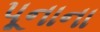
પૂનાના